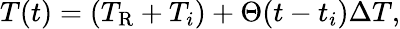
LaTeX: T(t)=(T_{\mathrm{R}}+T_{i})+\Theta(t-t_{i})\Delta T,